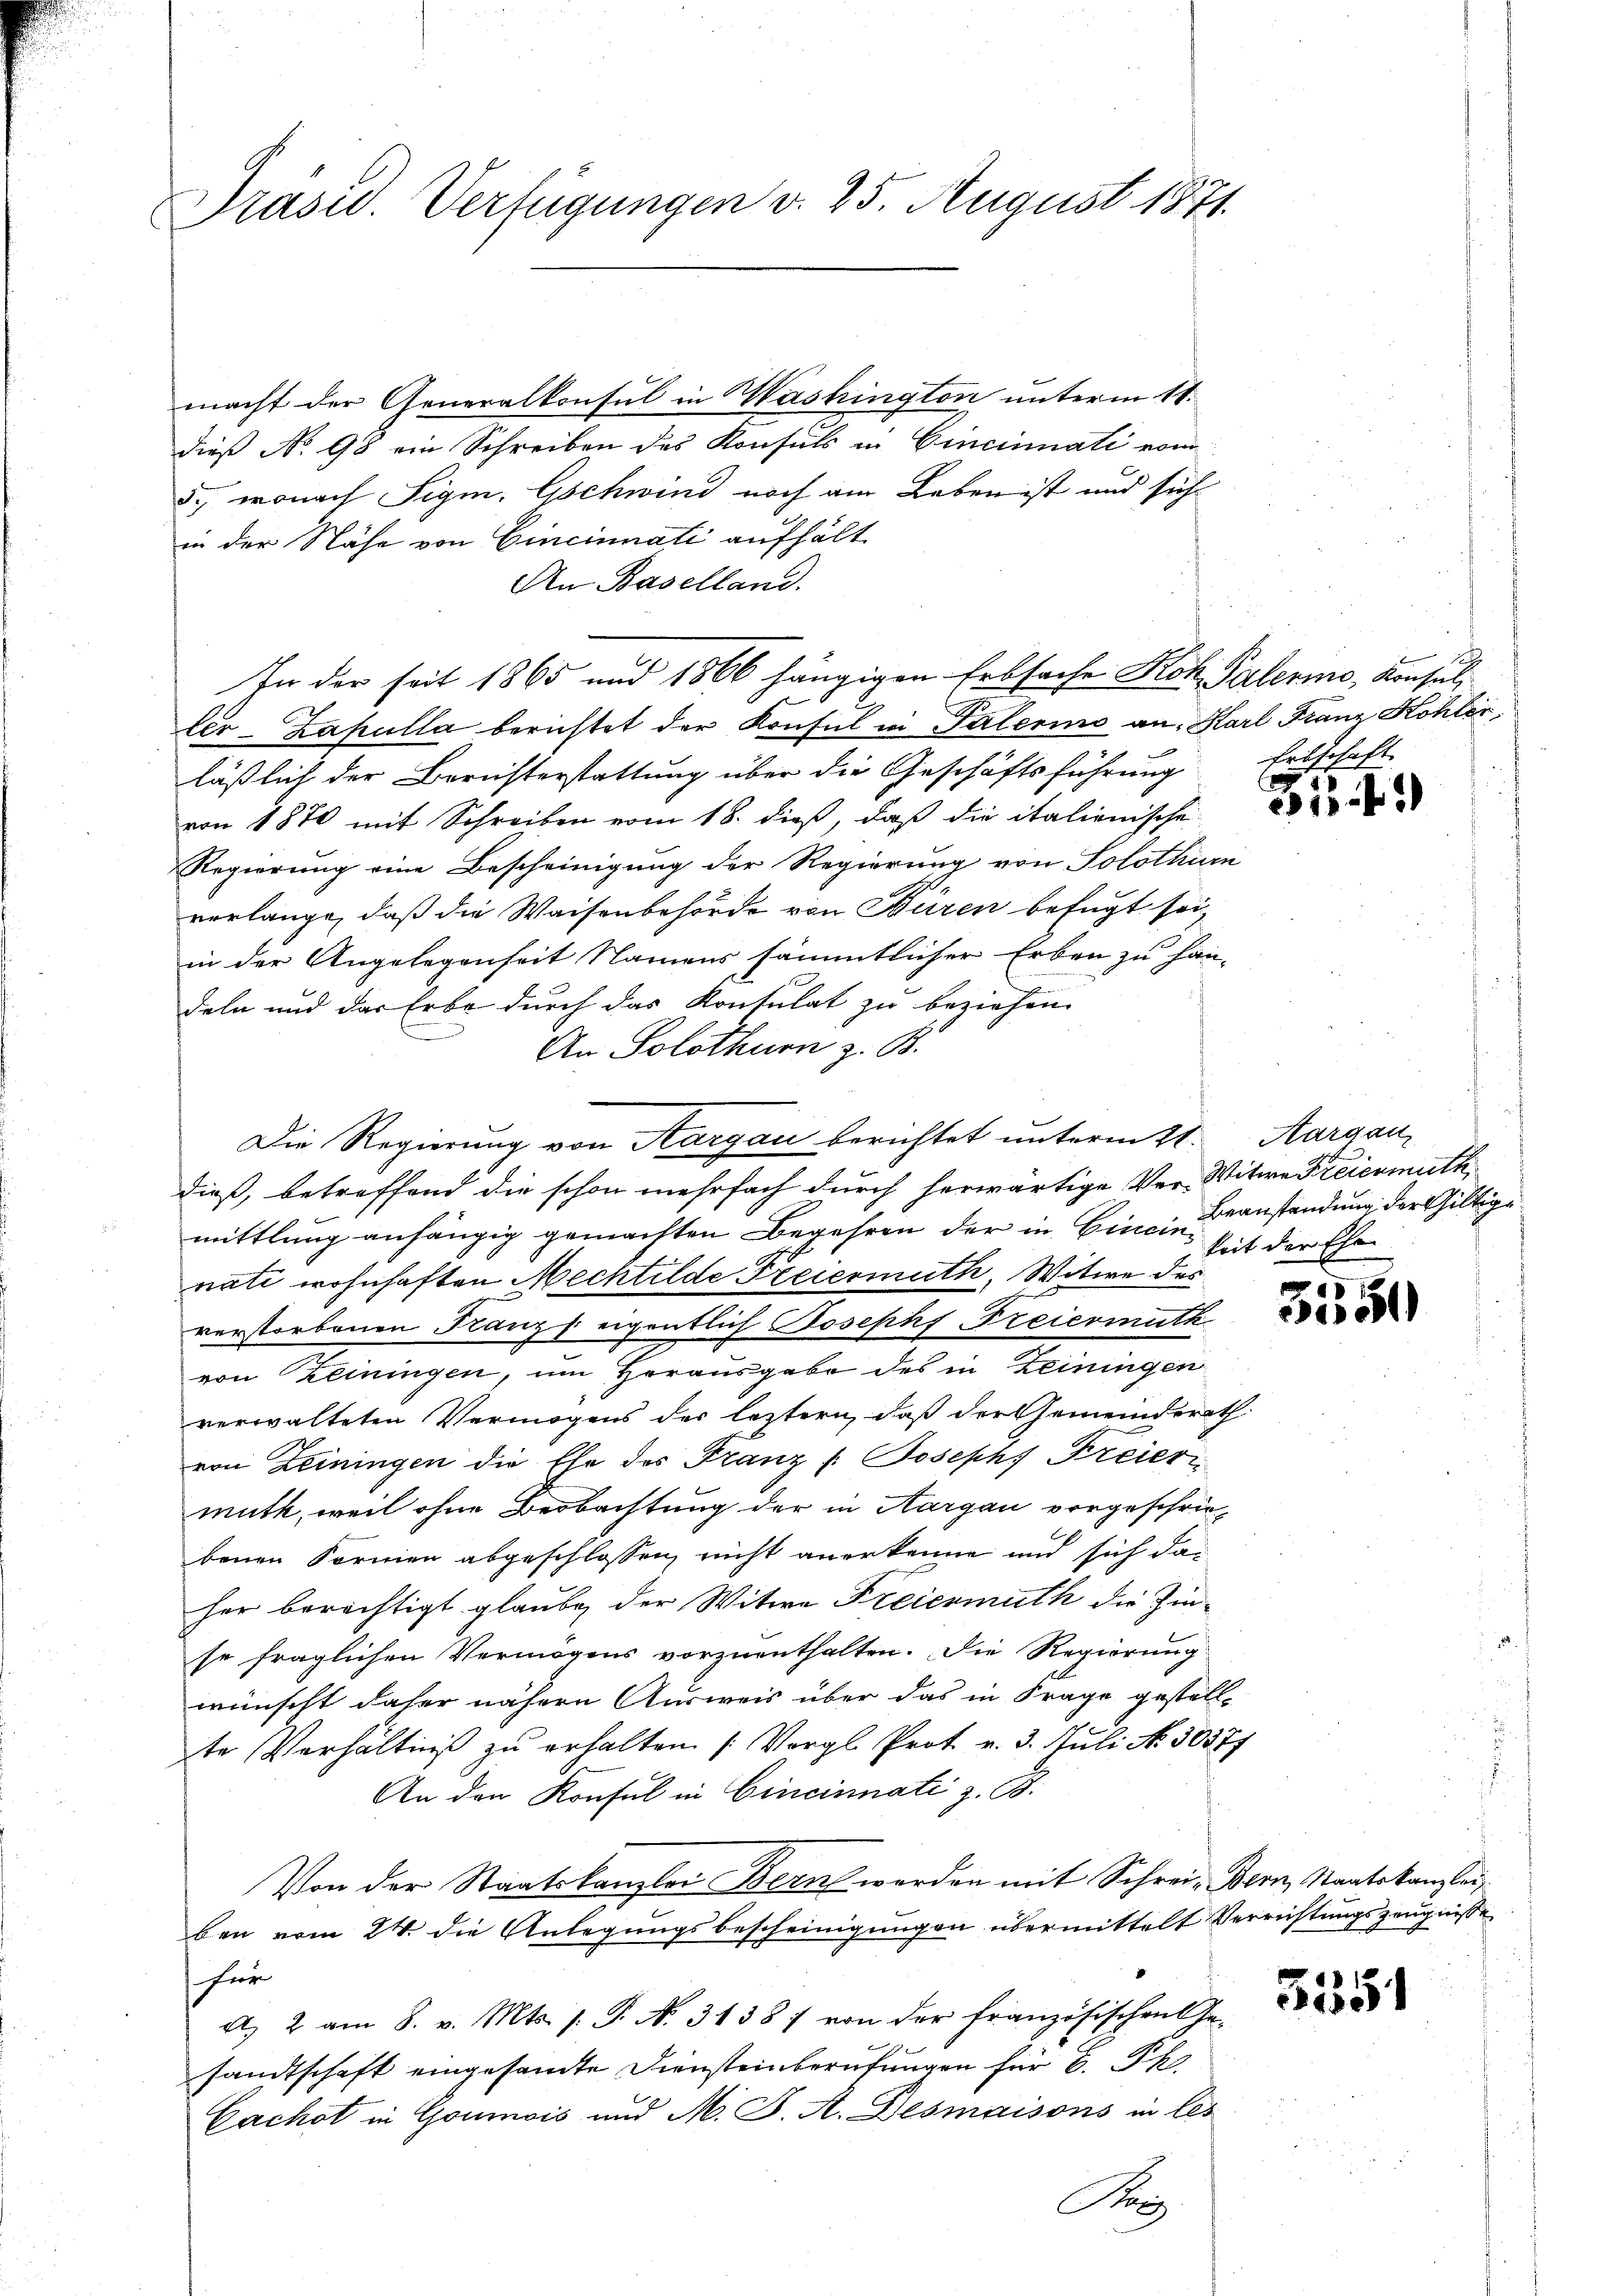
Präsid. Verfügungen v. 25. August 1871.

macht der Generalkonsul in Washington unterm 18.
dieß No 98 ein Schreiben des Konsuls in Cincinati vom
5., wonach Sigm. Gschwind noch am Leben ist und sich
in der Nähe von Cincinnati aufhält
An Baselland.
In der seit 1865 und 1866 hängigen Erbsache Roh Palermo- Konsul-
ler-Zapulla berichtet der Konsul in Palerino an, Harl Franz Kohler,
läßlich der Berichterstattung über die Geschäftsführung Erbschaft
von 1870 mit Schreiben vom 18. dieß, daß die italienische
Regierung eine Bescheinigung der Regierung von Solothurn
verlange, daß die Waisenbehörde von Büren befugt sei,
in der Angelegenheit Namens sämmtlicher Erben zu han-
deln und das Erbe durch das Kontulat zu beziehen.
An Solothurn z. B.
Die Regierung von Aargau berichtet unterm 21. Aargau
dieß, betreffend die schon mehrfach durch herwärtige Ver-Witwe Freiermuth,
mittlung anhängig gemachten Begehren der in Einein Beanstendung der Gültige
nati wohnhaften Mechtilde Freiermuth, Witwe des
verstorbenen Kanzeigentlich Joseph Freiermuth
von Zeiningen, um Herausgabe des in Zeiningen
verwalteten Vermögens der leztern, daß der Gemeinderath
von Zeiningen die Ehe des Franz /: Joseph Freier-
muth, weil ohne Beobachtung der in Aargau vorgeschrie-
benen Formen abgeschlossen, nicht anerkenne und sich dan
her berechtigt glaube, der Witwe Freiermuth die Zin-
se fraglichen Vermögens vorzuenthalten. Die Regierung
wünscht daher nähern Ausweis über das in Frage gestellte Verhältniβ zŭ erhalten (Vergl. Prot. v. 3. Juli No. 50377
An den Konsul in Cincinnati z. C.
Von der Staatskanzlei Berne werden mit Schrei- Bern, Staatskanzlei
ben vom 24. die Anlegungsbescheinigungen übermittelt Verrichtungszeugnisse
für
A. 2 am 8. v. Mts. s. S. N. 31387 von der Französischen Ge-
sandtschaft eingesandte Diensteinberufungen für B. Ph
Cachst in Goumois und M. J. A. Desmaisons in les
A

e
if

keit der Ehe

3351

5351